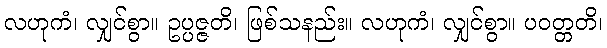
လဟုကံ၊ လျှင်စွာ။ ဥပ္ပဇ္ဇတိ၊ ဖြစ်သနည်း။ လဟုကံ၊ လျှင်စွာ။ ပဝတ္တတိ၊